Civil Veterinary Department Bihar & Orissa reports 1911-21 - 1911-1921
Year: 1911
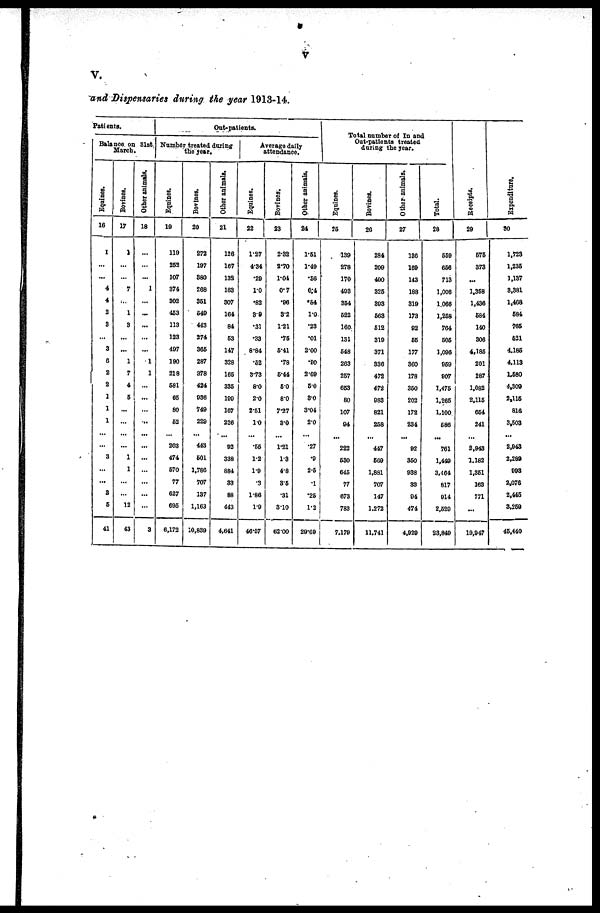
V.
and Dispensaries during the year 1913-14.
Patients.
Balance on 31st
March.
Equines.
16
1
...
...
4
4
2
3
...
3
6
2
2
1
1
1
...
3
...
...
3
6
41
Bovines.
17
1
...
...
7
...
1
3
...
...
1
7
4
6
...
...
...
1
1
...
...
12
43
Other animals.
18
...
...
...
1
...
...
...
...
...
1
1
...
...
...
...
...
...
...
...
...
...
3
Out-patients.
Number treated during
the year.
Equines.
10
119
252
107
374
302
453
113
123
407
100
218
581
65
80
52
203
474
570
77
627
695
6,172
Bovines,
20
272
197
880
268
351
540
443
274
366
287
378
424
936
740
229
443
601
1,786
707
137
1,163
10,839
Other animals.
21
126
167
132
163
307
164
84
53
147
328
165
335
199
167
226
02
338
884
33
88
443
4,641
Average daily
attendance.
Equines.
22
1.27
4'34
.29
1.0
.82
3.9
.31
.33
8.84
.52
3.73
8.0
2.0
2.51
10
.55
1.2
1.9
.3
1.86
1.9
46.57
Bovines.
23
2.32
2.70
1.04
0.7
.96
3.2
1.21
.75
5.41
.78
5.44
60
8.0
7.27
3.0
1.21
1.3
4'8
35
.31
3.10
62.00
Other animals.
24
1.51
1.49
.56
0.4
.64
1.0
.23
.01
2.00
.80
2.69
50
3.0
3.04
2.0
.27
.9
2.5
.1
.25
1.2
29.69
Total number of In and
Out-patients treated
daring the year.
Equines.
25
139
278
170
403
354
622
160
131
548
263
257
653
80
107
04
222
630
645
77
673
783
7,179
Bovines.
26
284
200
400
325
393
563
512
310
371
336
472
472
983
821
258
447
600
1,881
707
147
1,272
11,741
Other animals.
27
136
169
143
188
310
173
92
65
177
300
178
360
202
172
234
02
350
038
33
94
474
4,020
Total.
28
559
666
713
1,006
1,066
1,258
764
505
1,006
060
907
1,475
1,265
1,100
686
761
1,440
3,464
817
914
2,529
23,840
Receipts.
29
675
373
...
1,358
1,436
584
140
306
4,185
201
287
1,082
2,116
664
241
2,943
1,182
1,351
163
771
...
19,947
Expenditure.
80
1,723
1,236
1,137
3,381
1,468
684
765
621
4,186
4,113
1,580
4,309
2,115
816
3,503
2,943
2,289
993
2,076
2,445
3,259
46,440